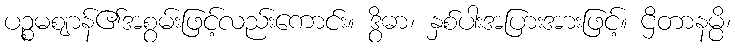
ပဉ္စမဈာန်၏အစွမ်းဖြင့်လည်းကောင်း။ ဒွိဓာ၊ နှစ်ပါးအပြားအားဖြင့်။ ဌိတာနမ္ပိ၊